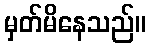
မှတ်မိနေသည်။